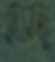
হাসানু